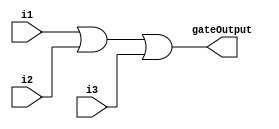
`timescale 1ns / 1ps
//////////////////////////////////////////////////////////////////////////////////
// Company: 
// Engineer: 
// 
// Design Name: 
// Module Name:    ThreeInputOrGate 
// Project Name: 
// Target Devices: 
// Tool versions: 
// Description: 
//
// Dependencies: 
//
// Revision: 
// Revision 0.01 - File Created
// Additional Comments: 
//
//////////////////////////////////////////////////////////////////////////////////
module ThreeInputOrGate(
    input i1,
    input i2,
    input i3,
    output gateOutput
    );

or(gateOutput, i1 , i2 , i3);
endmodule